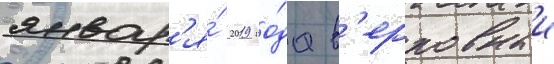
январ'я́ 2019 го́да в'ерховныи